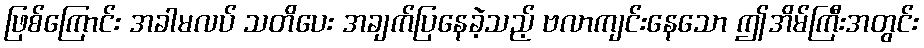
ဖြစ်ကြောင်း အခါမလပ် သတိပေး အချက်ပြနေခဲ့သည့် ဗလာကျင်းနေသော ဤအိမ်ကြီးအတွင်း